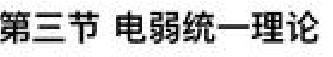
第三节 电弱统一理论